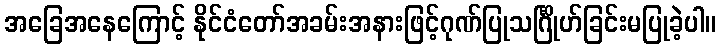
အခြေအနေကြောင့် နိုင်ငံတော်အခမ်းအနားဖြင့်ဂုဏ်ပြုသင်္ဂြိုဟ်ခြင်းမပြုခဲ့ပါ။